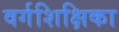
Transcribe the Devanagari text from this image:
वर्गशिक्षिका